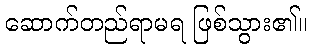
ဆောက်တည်ရာမရ ဖြစ်သွား၏။